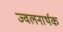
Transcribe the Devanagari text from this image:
ज्वलनार्थक